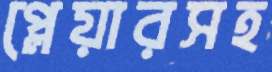
প্লেয়ারসহ